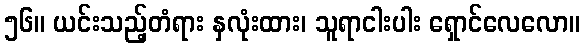
၅၆။ ယင်းသည့်တံရား နှလုံးထား၊ သူရာငါးပါး ရှောင်လေလော။